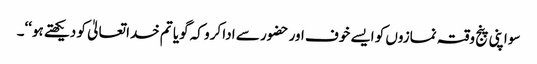
سو اپنی پنج وقتہ نمازوں کو ایسے خوف اور حضور سے ادا کرو کہ گویا تم خدا تعالیٰ کو دیکھتے ہو‘‘۔